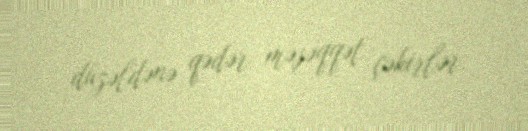
düzəldənə qədər məşəqqət çəkirlər.